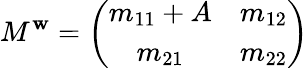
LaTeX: M^{\mathbf{w}}=\left(\begin{array}{cc}{{m_{11}+A}}&{{m_{12}}}\\ {{m_{21}}}&{{m_{22}}}\end{array}\right)